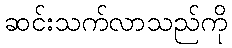
ဆင်းသက်လာသည်ကို